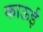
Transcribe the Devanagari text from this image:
काऊई